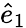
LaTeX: \hat{e}_{1}